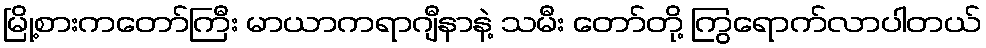
မြို့စားကတော်ကြီး မာယာကရာဂျီနာနဲ့ သမီး တော်တို့ ကြွရောက်လာပါတယ်